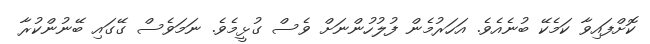
ކޮށްފައިވާ ކަމެކޭ ބުނެއެވެ. އަހަރުމެން ފުލުހުންނަށް ވެސް ގުޅީމެވެ. ނަމަވެސް ގޭގައި ބޭނުންކުރާ